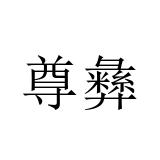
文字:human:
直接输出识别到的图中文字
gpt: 尊彝